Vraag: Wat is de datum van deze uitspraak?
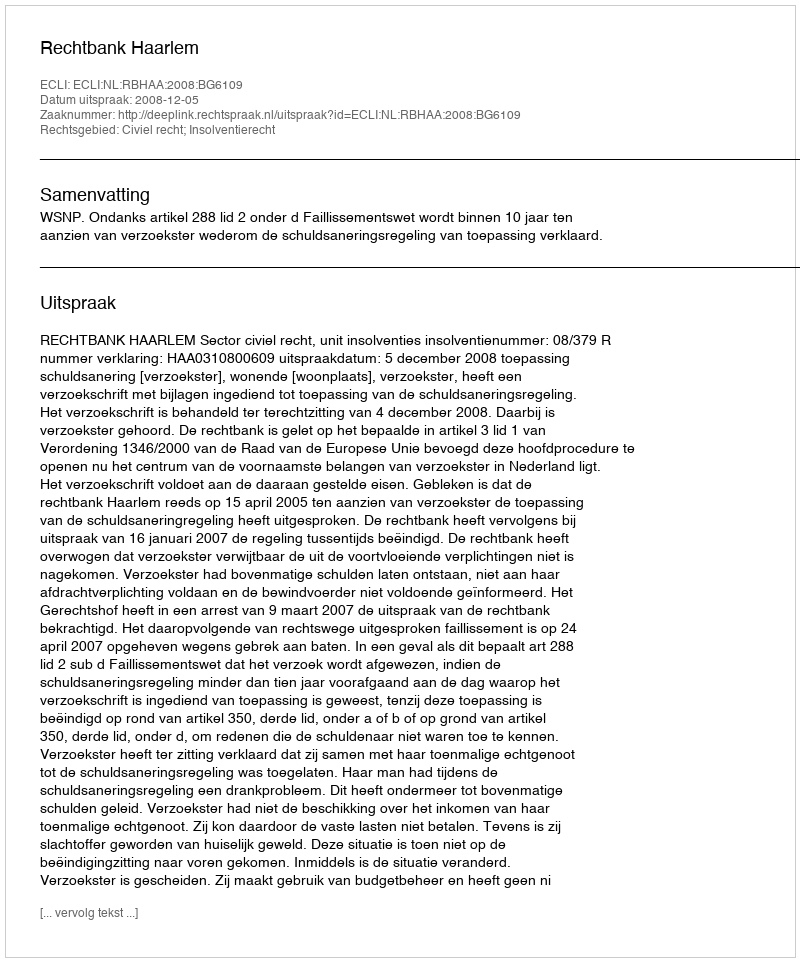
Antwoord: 2008-12-05